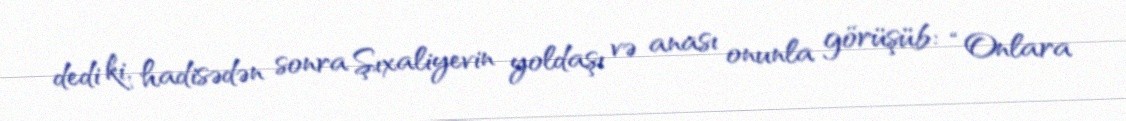
dedi ki, hadisədən sonra Şıxaliyevin yoldaşı və anası onunla görüşüb: “Onlara